画像に写った文字を読んでください
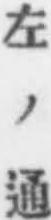
「左ノ通」と書いてあります